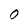
Character: O